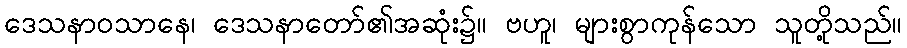
ဒေသနာဝသာနေ၊ ဒေသနာတော်၏အဆုံး၌။ ဗဟူ၊ များစွာကုန်သော သူတို့သည်။